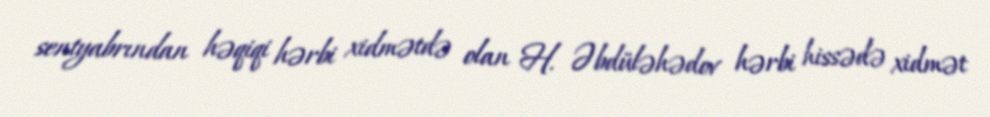
sentyabrından həqiqi hərbi xidmətdə olan H. Əbdüləhədov hərbi hissədə xidmət